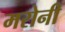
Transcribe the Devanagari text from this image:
मरोनी